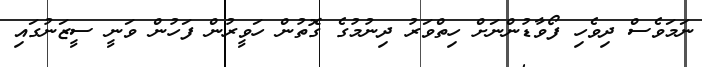
ނަމަވެސް ދިވެހި ފޯވާޑުންނަށް ހިތްވަރު ދިނުމުގެ ގޮތުން ހަވީރުން ފަހުން ވަނީ ސީޒަނުގައި